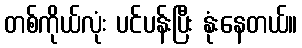
တစ်ကိုယ်လုံး ပင်ပန်းပြီး နုံးနေတယ်။